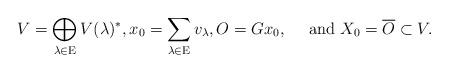
LaTeX: \begin{align*}V = \bigoplus \limits_{\lambda \in \mathrm E} V(\lambda)^*, x_0 = \sum \limits_{\lambda \in \mathrm E} v_\lambda, O =Gx_0,\quad\mbox{ and } X_0 = \overline O\subset V.\end{align*}